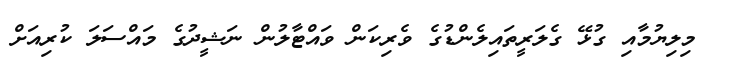
މިލިޔުމާއި ގުޅޭ ގެލަރީތައިލެންޑުގެ ވެރިކަން ވައްޓާލުން ނަޝީދުގެ މައްސަލަ ކުރިއަށް